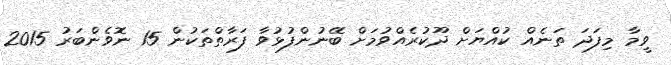
ވީމާ މިފަދަ ތަނެއް ކުއްޔަށް ދޫކުރެއްވުމަށް ބޭނުންފުޅުވާ ފަރާތްތަކުން 15 ނޮވެންބަރު 2015